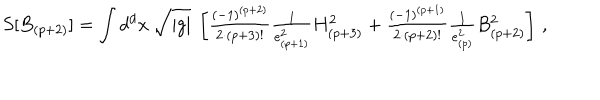
LaTeX: S [ B _ { ( p + 2 ) } ] = \int d ^ { d } x \ \sqrt { | g | } \ \left[ { \textstyle \frac { ( - 1 ) ^ { ( p + 2 ) } } { 2 \cdot ( p + 3 ) ! } \frac { 1 } { e _ { ( p + 1 ) } ^ { 2 } } } H _ { ( p + 3 ) } ^ { 2 } + { \textstyle \frac { ( - 1 ) ^ { ( p + 1 ) } } { 2 \cdot ( p + 2 ) ! } \frac { 1 } { e _ { ( p ) } ^ { 2 } } } B _ { ( p + 2 ) } ^ { 2 } \right] \, ,